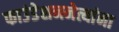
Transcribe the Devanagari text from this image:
फाउंडेशननेत्यांना